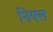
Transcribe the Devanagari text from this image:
नियल